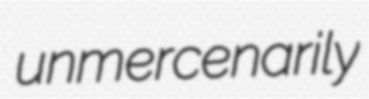
unmercenarily